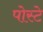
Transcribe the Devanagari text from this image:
पोस्टे